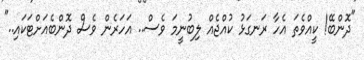
"ދޮންބޭ! ކީއްވެތަ އެހާ ރަނގަޅު ކުއްޖެއް ލިބުނީމަ ވެސް.. އަހަރެން ވެސް ދޮންބެއަށްޓަކައި.."